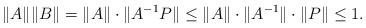
LaTeX: \begin{align*}\|A\| \|B\| = \|A\| \cdot \|A^{-1} P\| \le \|A\| \cdot \|A^{-1}\|\cdot \|P\| \le 1.\end{align*}